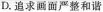
D.追求画面严整和谐